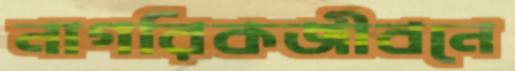
নাগরিকজীবনে